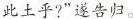
此土乎?”遂告归。